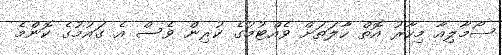
ސޯމާލިއާ މިހާރު އޮތް ހާލަތަށް ވެއްޓުމުގެ ކުރިން ވެސް އެ ގައުމުގެ ކޮންމެ